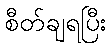
စီတ်ချရပြီး